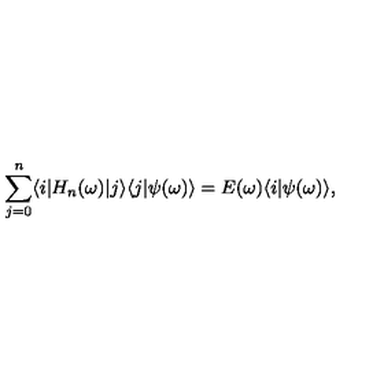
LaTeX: \sum _ { j = 0 } ^ { n } \langle i | H _ { n } ( \omega ) | j \rangle \langle j | \psi ( \omega ) \rangle = E ( \omega ) \langle i | \psi ( \omega ) \rangle ,